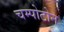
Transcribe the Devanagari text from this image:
चम्पोटोन